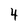
Character: 4